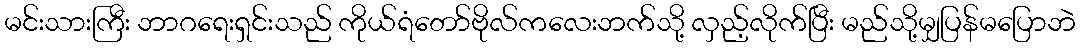
မင်းသားကြီး ဘာဂရေးရှင်းသည် ကိုယ်ရံတော်ဗိုလ်ကလေးဘက်သို့ လှည့်လိုက်ပြီး မည်သို့မျှပြန်မပြောဘဲ